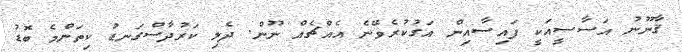
ޤާނޫނު އަސާސީއަކީ ފައިސާއިން އަގުކުރެވޭނެ އެއްޗެއް ނޫން. ދެލި ކަރުދާސްގަނޑު ކިތަންމެ ބޮޑު